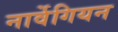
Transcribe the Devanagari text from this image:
नार्वेगियन